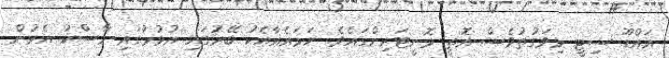
އައްޑޫ ސިޓީ މިވަގުތުވެސް އޮތީ މޮނީޓަރިންގައެވެ. ހަމައެއާއެކު ބޭރުގައި އުޅުމުގައި މާސްކު އެޅުން